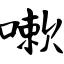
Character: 嗽